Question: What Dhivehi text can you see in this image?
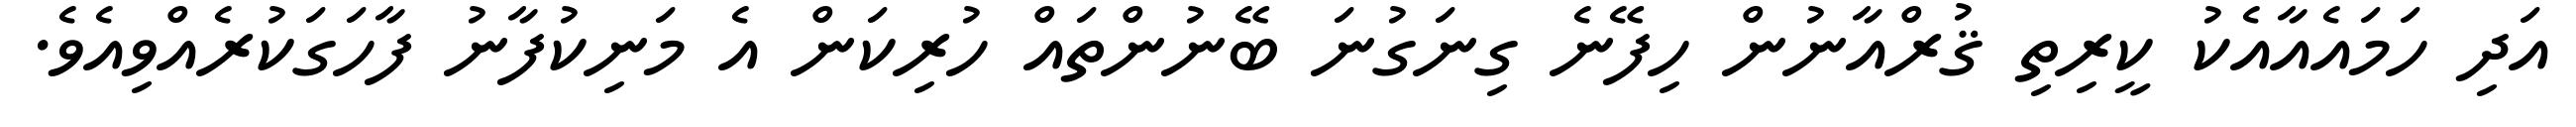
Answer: އަދި ހަމައެއާއެކު ކީރިތި ޤުރްއާނުން ހިފޭނެ ގިނަގުނަ ބޭނުންތައް ހުރިކަން އެ މަނިކުފާނު ފާހަގަކުރެއްވިއެވެ.